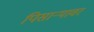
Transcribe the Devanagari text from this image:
पिसाऱ्यावर